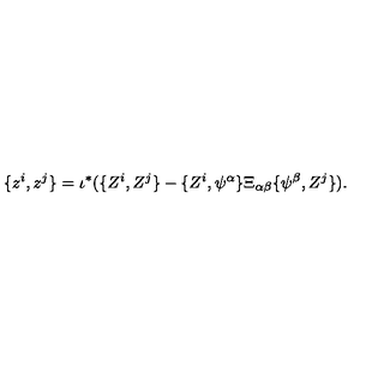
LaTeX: \{ z ^ { i } , z ^ { j } \} = \iota ^ { * } ( \{ Z ^ { i } , Z ^ { j } \} - \{ Z ^ { i } , \psi ^ { \alpha } \} \Xi _ { \alpha \beta } \{ \psi ^ { \beta } , Z ^ { j } \} ) .